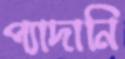
প্যাদানি